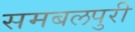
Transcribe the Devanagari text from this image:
समबलपुरी